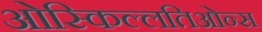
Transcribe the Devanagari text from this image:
ओस्किल्लतिओन्स